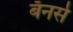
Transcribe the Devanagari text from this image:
बॅनर्स